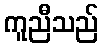
ကူညီသည်